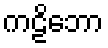
ကဠိဘော